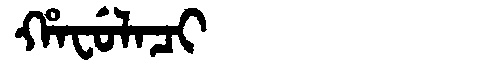
Manchu: ᡥᠠᠸᡠᠯᠠᠴᡳ
Romanization: HAFULACI